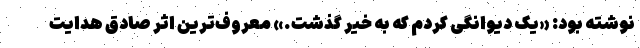
نوشته بود: «یک دیوانگی کردم که به خیر گذشت.» معروف‌ترین اثر صادق هدایت